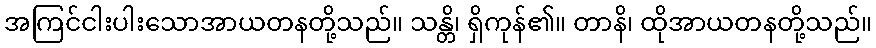
အကြင်ငါးပါးသောအာယတနတို့သည်။ သန္တိ၊ ရှိကုန်၏။ တာနိ၊ ထိုအာယတနတို့သည်။